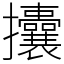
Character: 攮